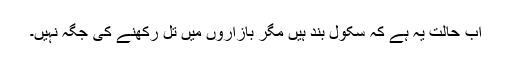
اب حالت یہ ہے کہ سکول بند ہیں مگر بازاروں میں تل رکھنے کی جگہ نہیں۔